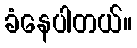
ခံနေပါတယ်။